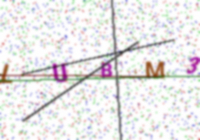
Text: LUBM3